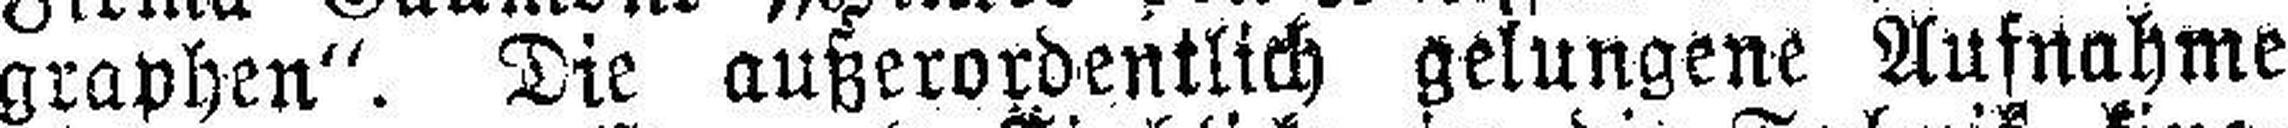
graphen". Die außerordentlich gelungene Aufnahme